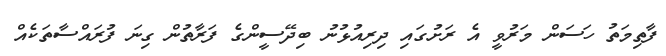
ފާތިމަތު ހަސަން މަރުވީ އެ ރަށުގައި ދިރިއުޅުނު ބިދޭސީންގެ ފަރާތުން ގިނަ ފުރައްސާތަކެއް